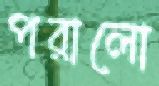
পরালো